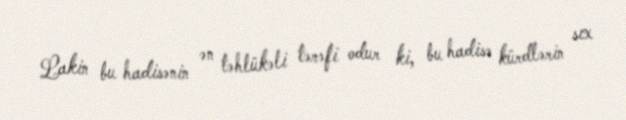
Lakin bu hadisənin ən təhlükəli tərəfi odur ki, bu hadisə kürdlərin sıx